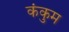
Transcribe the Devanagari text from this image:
कंकुम